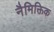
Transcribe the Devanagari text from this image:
नैमिक्तिक